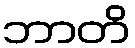
ဘာတိ